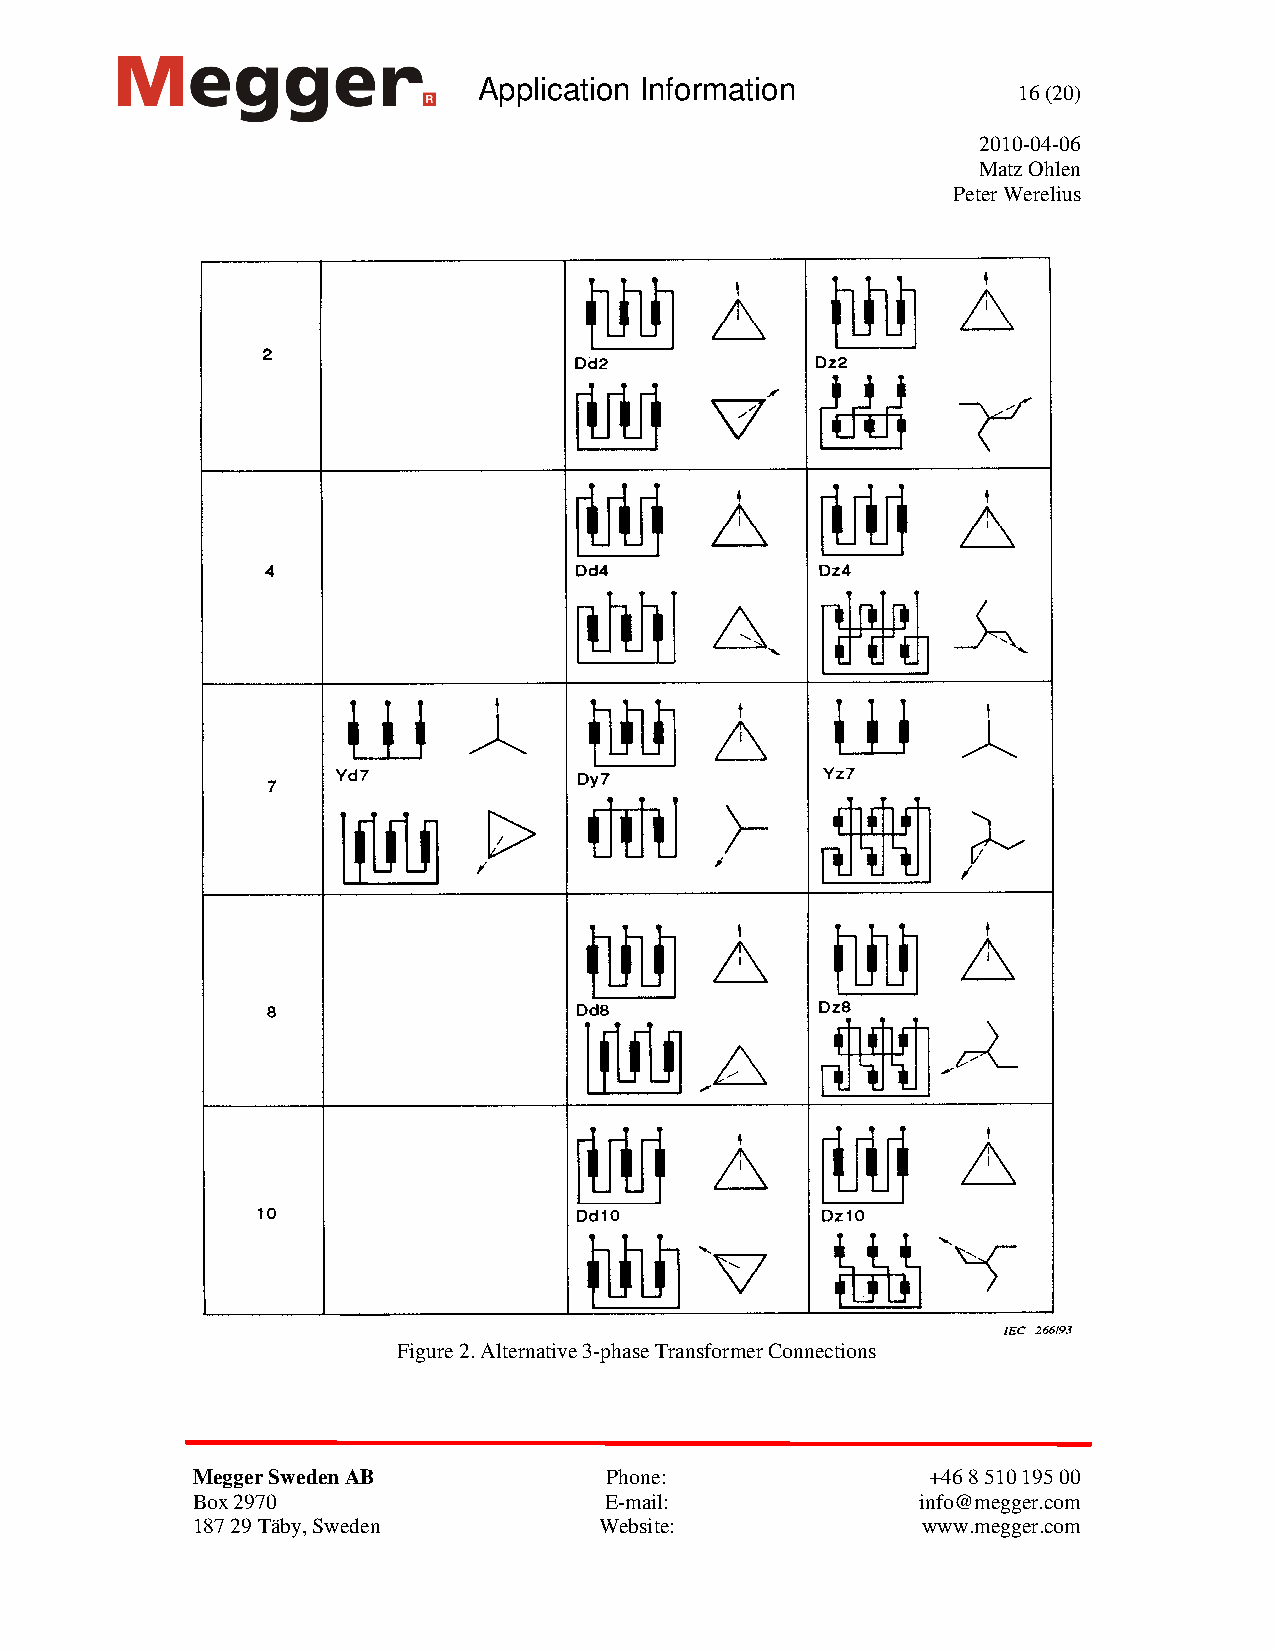
Application Information
 16 (20)
 2010-04-06
 Matz Ohlen
 Peter Werelius
 Figure 2. Alternative 3-phase Transformer Connections
 Megger Sweden AB           Phone:                +46 8 510 195 00
 Box 2970                   E-mail:              info@megger.com
 187 29 Täby, Sweden        Website:             www.megger.com